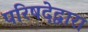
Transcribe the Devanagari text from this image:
परिषदेद्वारा